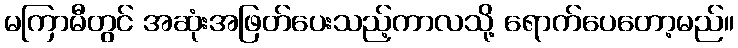
မကြာမီတွင် အဆုံးအဖြတ်ပေးသည့်ကာလသို့ ရောက်ပေတော့မည်။